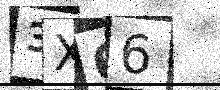
Text: 3X66